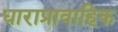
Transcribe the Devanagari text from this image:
धाराप्रावाहिक